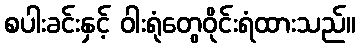
စပါးခင်းနှင့် ဝါးရုံတွေဝိုင်းရံထားသည်။